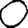
Digit: 0